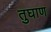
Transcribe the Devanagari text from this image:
तुघाण